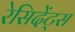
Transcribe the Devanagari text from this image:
रेसिदेंट्स